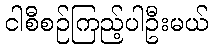
ငါစီစဉ်ကြည့်ပါဦးမယ်